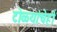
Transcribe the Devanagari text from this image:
टोळ्यांचेही